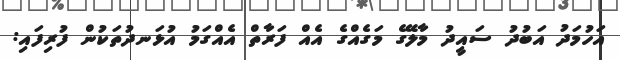
އަހުމަދު އަބުދު ސައީދު މާލޭގެ މަގެއްގެ އެއް ފަރާތް އެއްގަމު އުޅަނދުތަކުން ފުރިފައި: